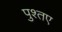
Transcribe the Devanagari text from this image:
पुश्तए